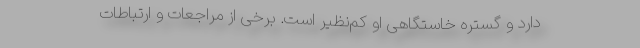
‌دارد و گستره خاستگاهی او کم‌نظیر است. برخی از مراجعات و ارتباطات